Report on vaccination in Madras 1904-1921 - 1904-1921
Year: 1904
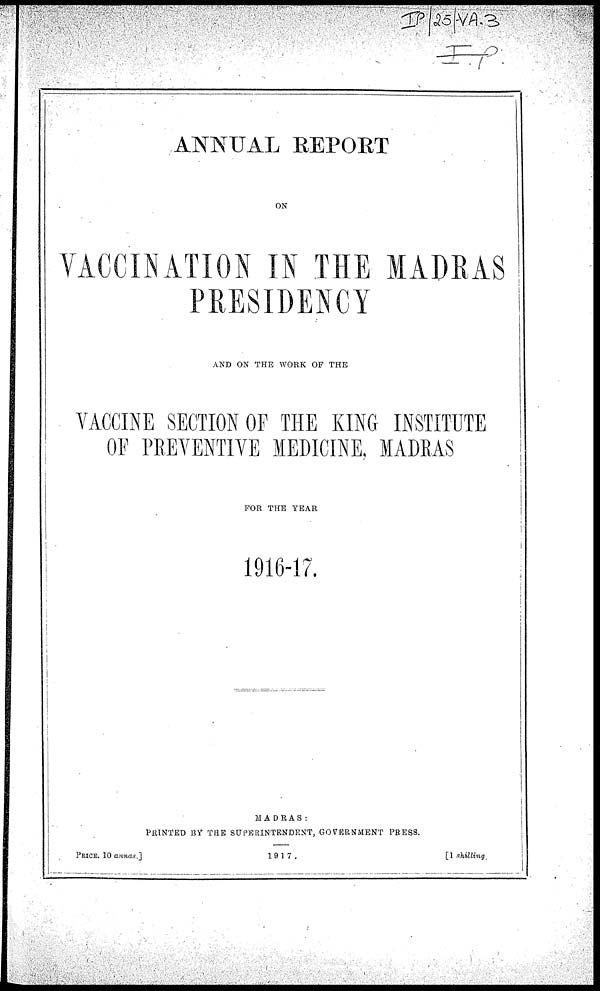
ANNUAL REPORT
ON
VACCINATION IN THE MADRAS
PRESIDENCY
AND ON THE WORK OF THE
VACCINE SECTION OF THE KING INSTITUTE
OF PREVENTIVE MEDICINE, MADRAS
FOR THE YEAR
1916-17.
MADRAS:
PRINTED BY THE SUPERINTENDENT, GOVERNMENT PRESS.
PRICE, 10 annas.]
1917.
[1 shilling.